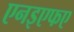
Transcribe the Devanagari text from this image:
एनइएफए